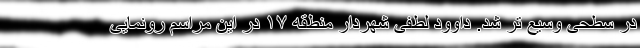
در سطحی وسیع تر شد. داوود لطفی شهردار منطقه ۱۷ در این مراسم رونمایی